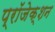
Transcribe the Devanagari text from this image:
प्रॉजेक्शन